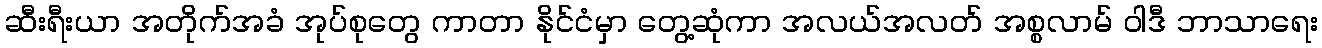
ဆီးရီးယာ အတိုက်အခံ အုပ်စုတွေ ကာတာ နိုင်ငံမှာ တွေ့ဆုံကာ အလယ်အလတ် အစ္စလာမ် ဝါဒီ ဘာသာရေး